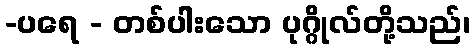
-ပရေ - တစ်ပါးသော ပုဂ္ဂိုလ်တို့သည်၊